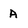
Character: A